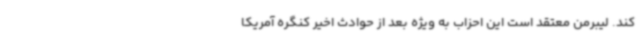
کند. لیبرمن معتقد است این احزاب به ویژه بعد از حوادث اخیر کنگره آمریکا